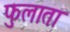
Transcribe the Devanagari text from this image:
फुलाता